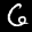
Label: 6